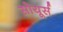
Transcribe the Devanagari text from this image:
सोयूर्स